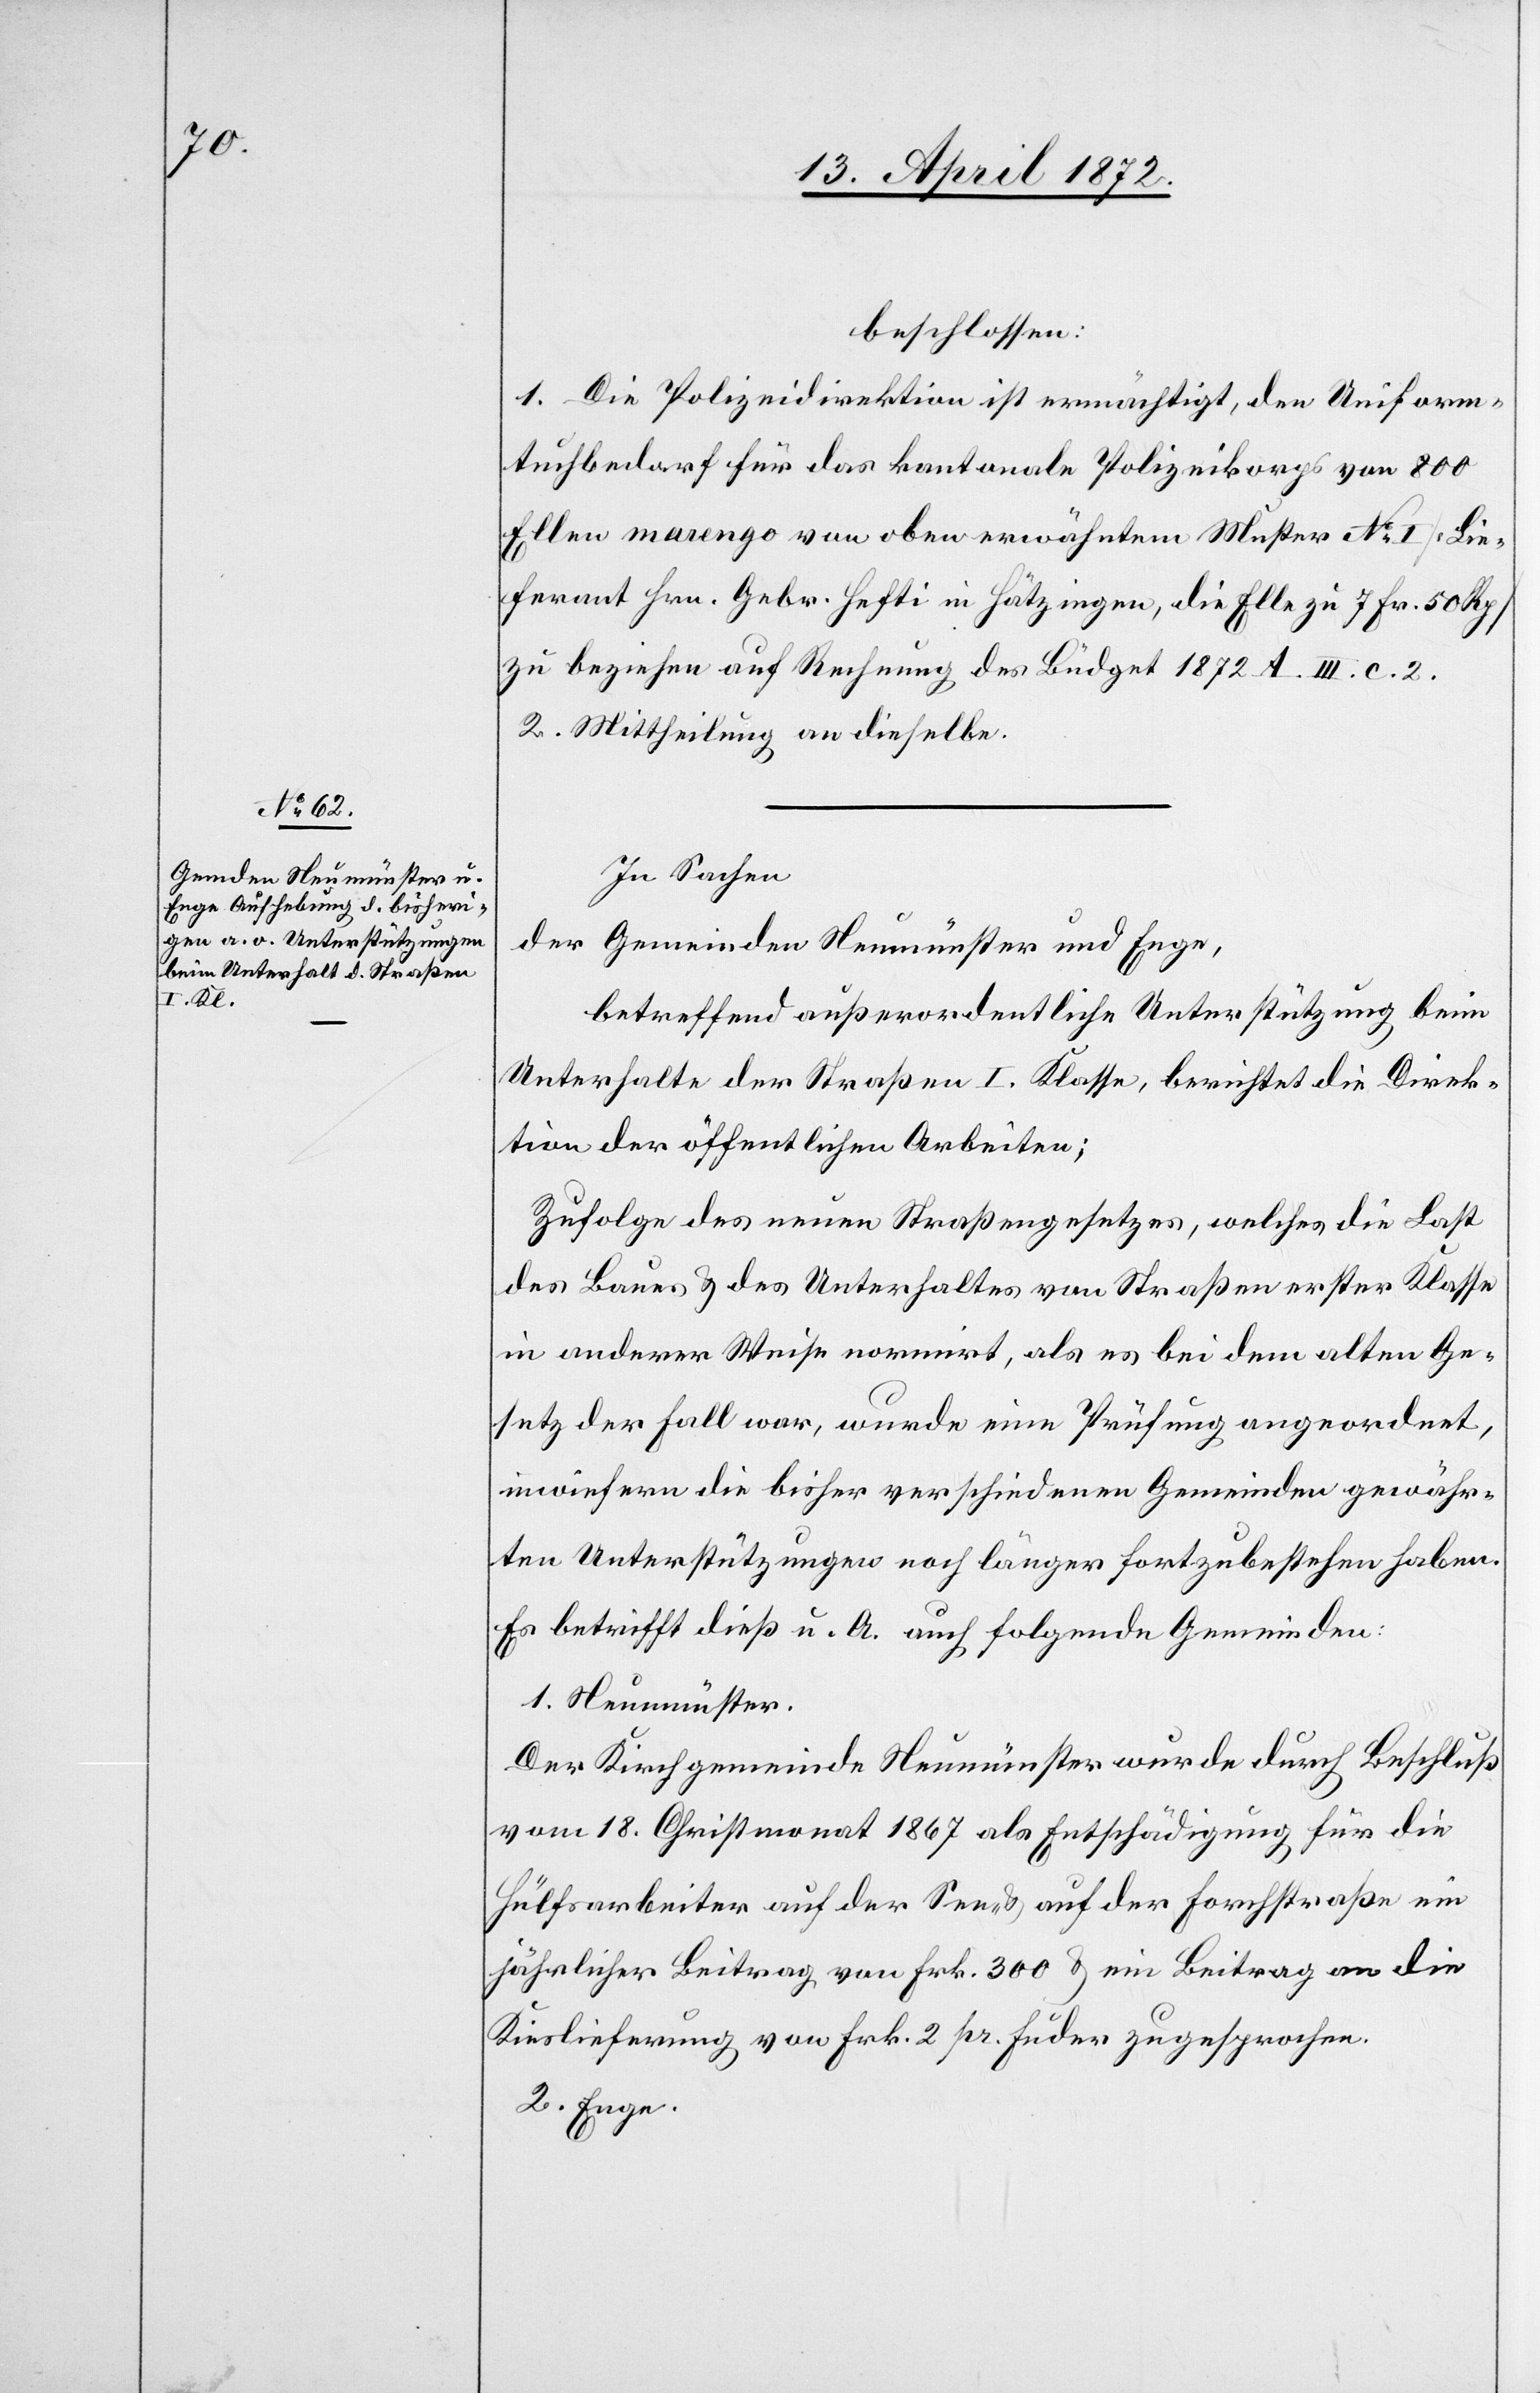
beschlossen:
1. Die Polizeidirektion ist ermächtigt, den Uniform¬
tuchbedarf für das kantonale Polizeikorps von 800
Ellen marengo von oben erwähntem Muster No I [Lie¬
ferant Hrn. Gebr. Hefti in Hätzingen, die Elle zu 7 Fr. 50 Rp.]
zu beziehen auf Rechnung des Büdget 1872 A. III. e. 2.
2. Mittheilung an dieselbe.
In Sachen
der Gemeinden Neumünster und Enge,
betreffend außerordentliche Unterstützung beim
Unterhalte der Straßen I. Klasse, berichtet die Direk¬
tion der öffentlichen Arbeiten;
Zufolge des neuen Straßengesetzes, welches die Last
des Baues u. des Unterhaltes von Straßen erster Klasse
in anderer Weise normirt, als es bei dem alten Ge¬
setz der Fall war, wurde eine Prüfung angeordnet,
inwiefern die bisher verschiedenen Gemeinden gewähr¬
ten Unterstützungen noch länger fortzubestehen haben.
Es betrifft dieß u. A. auch folgende Gemeinden:
1. Neumünster.
Der Kirchgemeinde Neumünster wurde durch Beschluß
vom 18. Christmonat 1867 als Entschädigung für die
Hülfsarbeiten auf der See- u. auf der Forchstraße ein
jährlicher Beitrag von Frk. 300 u. ein Beitrag an die
Kieslieferung von Frk. 2 pr. Füder zugesprochen.
2. Enge.